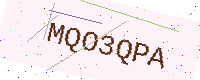
Text: MQO3QPA